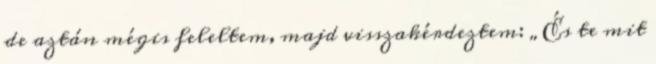
de aztán mégis feleltem, majd visszakérdeztem: „És te mit